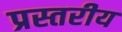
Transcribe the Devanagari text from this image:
प्रस्तरीय